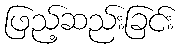
ဖြည့်ဆည်းခြင်း